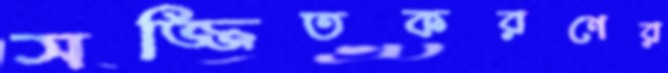
সজ্জিতকরণের